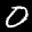
Label: 0